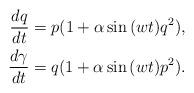
LaTeX: \begin{align*} \frac{dq}{dt}&=p(1+\alpha \sin{(wt)}q^2),\\\frac{d\gamma}{dt}&=q(1+\alpha \sin{(wt)}p^2).\end{align*}